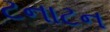
ટનાટન